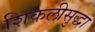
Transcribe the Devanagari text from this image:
शिकलीसुद्धा